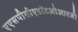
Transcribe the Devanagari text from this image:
एएसपीसीएडॉटओआरजी